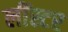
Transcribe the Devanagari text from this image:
लींस्टर